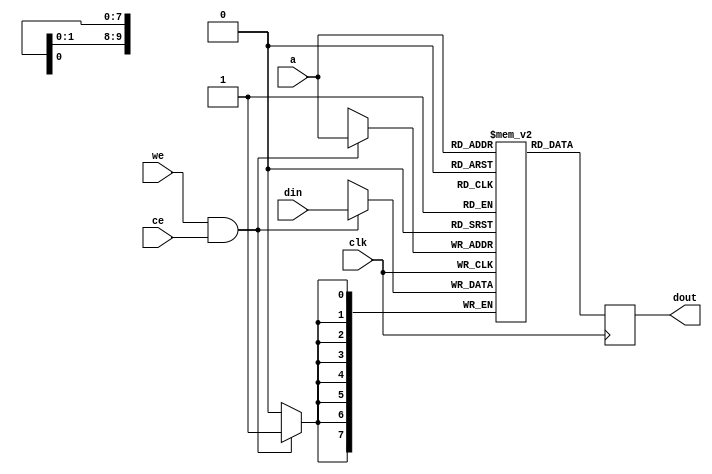
module ram1k (
	input wire clk,
    input wire ce,
	input wire [9:0] a,
	input wire [7:0] din,
	output reg [7:0] dout,
	input wire we
	);
    reg [7:0] mem[0:1023];
    always @(posedge clk) begin
        dout <= mem[a];
        if (we == 1'b1 && ce == 1'b1)
            mem[a] <= din;
    end
endmodule